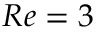
R e = 3